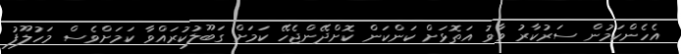
އެހެންކަމުން ސަރުކާރު ވާވު އަތޮޅަށް ކަންކަން ކޮށްދޭންޖެހޭ ކަމަށް ގަބޫލުކުރައްވާ ކަމަށްވެސް މަހުލޫފު